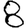
Digit: 8